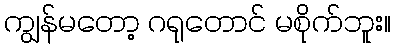
ကျွန်မတော့ ဂရုတောင် မစိုက်ဘူး။